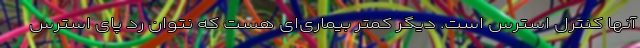
آنها کنترل استرس است. دیگر کمتر بیماری‌ای هست که نتوان رد پای استرس